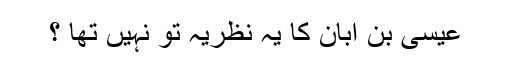
عیسیٰ بن ابان کا یہ نظریہ تو نہیں تھا ؟